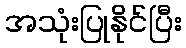
အသုံးပြုနိုင်ပြီး